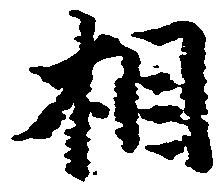
相